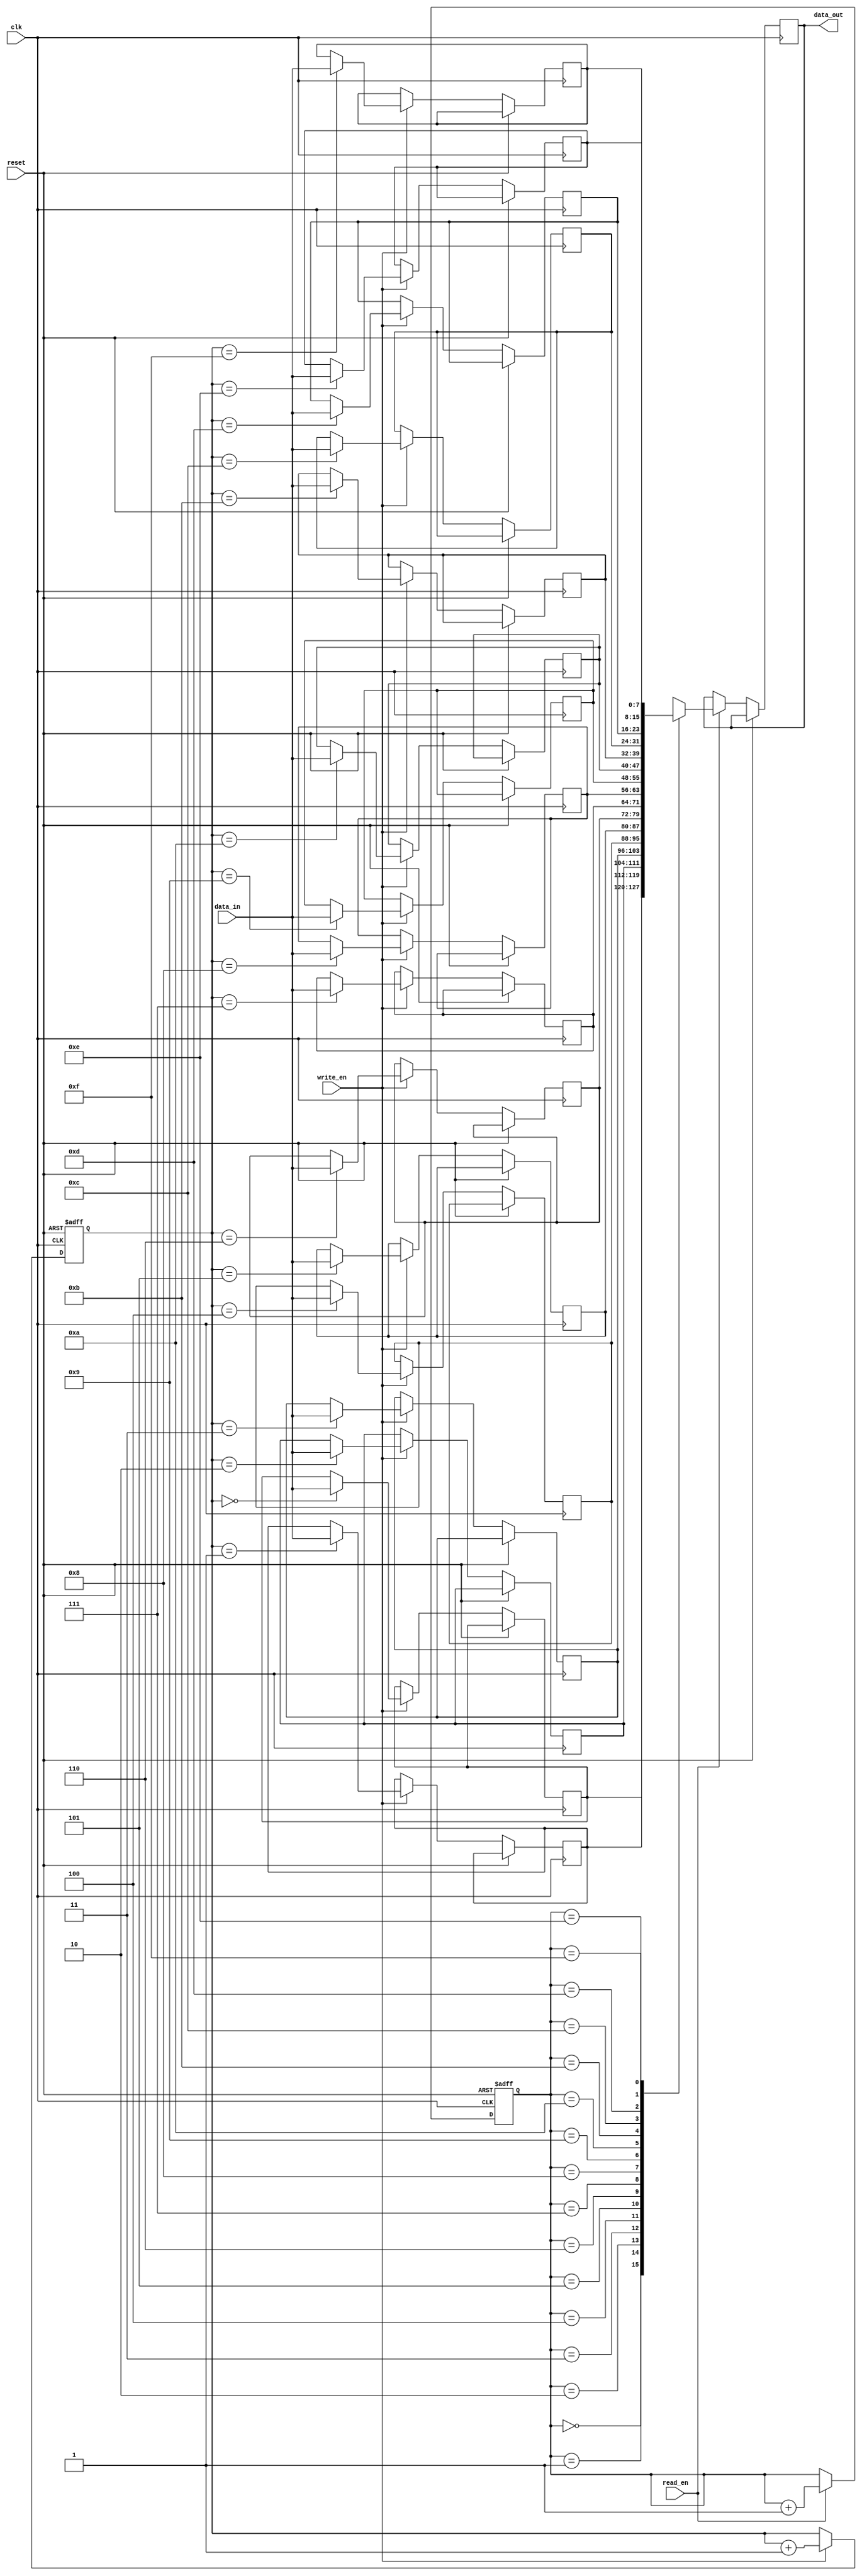
module FIFO (
    input wire clk,
    input wire reset,
    input wire write_en,
    input wire read_en,
    input wire [7:0] data_in,
    output reg [7:0] data_out
);

reg [7:0] memory [0:15]; // FIFO memory with capacity of 16 elements
reg [3:0] write_ptr;
reg [3:0] read_ptr;

always @(posedge clk or posedge reset) begin
    if (reset) begin
        write_ptr <= 4'b0000;
        read_ptr <= 4'b0000;
    end else begin
        if (write_en) begin
            memory[write_ptr] <= data_in;
            write_ptr <= write_ptr + 1;
        end
        if (read_en) begin
            data_out <= memory[read_ptr];
            read_ptr <= read_ptr + 1;
        end
    end
end

endmodule